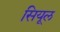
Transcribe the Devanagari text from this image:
सियूल